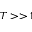
T > > 1